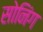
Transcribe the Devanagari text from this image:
सोनिंग